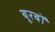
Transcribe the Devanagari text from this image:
बूरबों